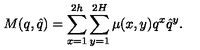
M ( q , \hat { q } ) = \sum _ { x = 1 } ^ { 2 h } \sum _ { y = 1 } ^ { 2 H } \mu ( x , y ) q ^ { x } \hat { q } ^ { y } .